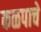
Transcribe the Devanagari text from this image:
कळपाचे